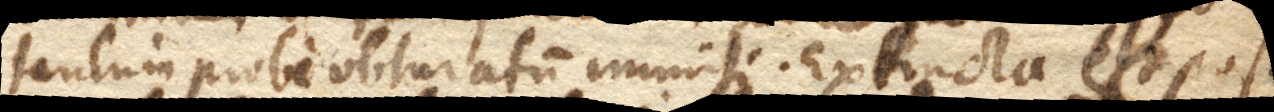
tantum probe obturatum immisi. Extincta est post